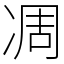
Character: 凋